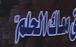
معاكالحلم